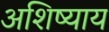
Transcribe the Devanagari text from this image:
अशिष्याय